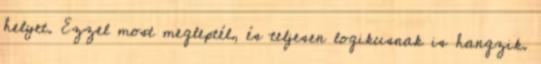
helyet. Ezzel most megleptél, és teljesen logikusnak is hangzik.